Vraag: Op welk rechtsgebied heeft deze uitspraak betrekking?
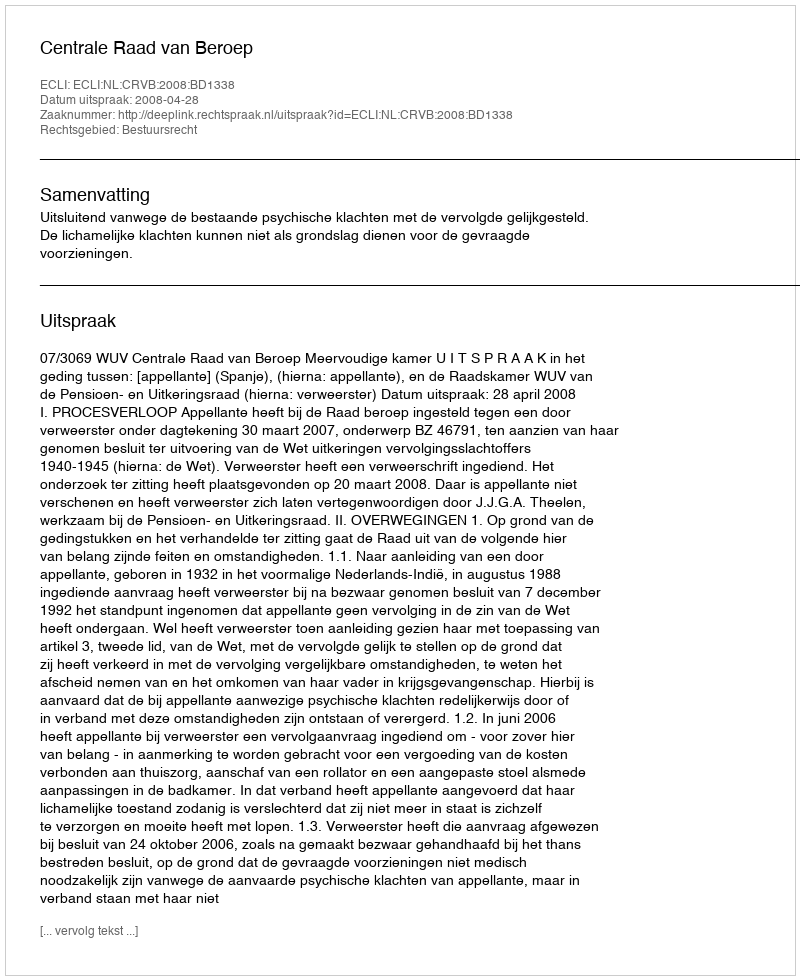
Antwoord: Bestuursrecht